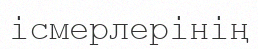
ісмерлерінің